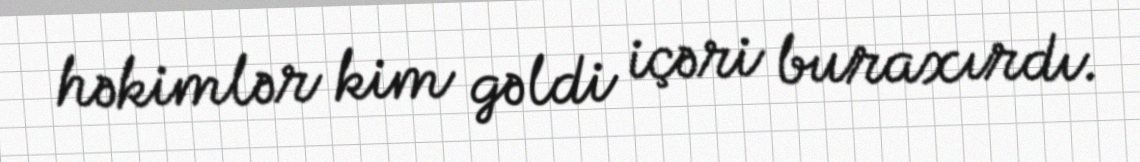
həkimlər kim gəldi içəri buraxırdı.